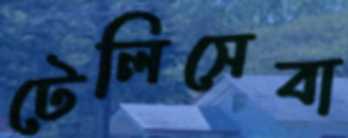
টেলিসেবা